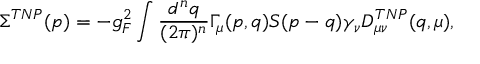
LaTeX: \Sigma ^ { T N P } ( p ) = - g _ { F } ^ { 2 } \int { \frac { d ^ { n } q } { ( 2 \pi ) ^ { n } } } \Gamma _ { \mu } ( p , q ) S ( p - q ) \gamma _ { \nu } D _ { \mu \nu } ^ { T N P } ( q , \mu ) ,